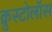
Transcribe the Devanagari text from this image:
क्रुस्टोलॉस